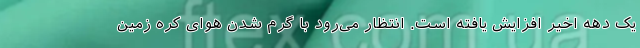
یک دهه اخیر افزایش یافته است. انتظار می‌رود با گرم شدن هوای کره زمین